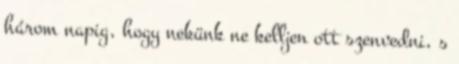
három napig, hogy nekünk ne kelljen ott szenvedni, s